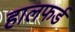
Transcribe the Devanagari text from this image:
हालफर्ड